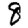
Digit: 8